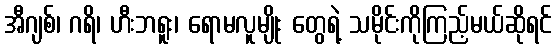
အီဂျစ်၊ ဂရိ၊ ဟီးဘရူး၊ ရောမလူမျိုး တွေရဲ့ သမိုင်းကိုကြည့်မယ်ဆိုရင်